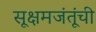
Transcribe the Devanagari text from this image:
सूक्षमजंतूंची